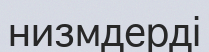
низмдерді